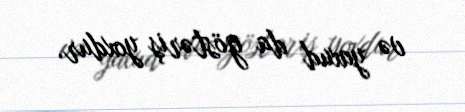
və yaxud da göstəriş yoxdur.